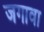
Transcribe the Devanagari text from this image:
जगावा